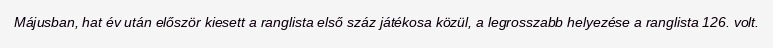
Májusban, hat év után először kiesett a ranglista első száz játékosa közül, a legrosszabb helyezése a ranglista 126. volt.